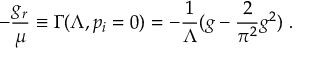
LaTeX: - \frac { g _ { r } } { \mu } \equiv \Gamma ( \Lambda , p _ { i } = 0 ) = - \frac { 1 } { \Lambda } ( g - \frac { 2 } { \pi ^ { 2 } } g ^ { 2 } ) \; .